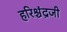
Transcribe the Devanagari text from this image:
हरिश्चंद्रजी